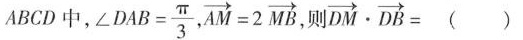
ABCD中， $$\angle D A B = \frac { \pi } { 3 }$$ $$\overrightarrow { A M } = 2 \overrightarrow { M B }$$ ，则$$\overrightarrow { D M } \cdot \overrightarrow { D B } =$$ ( )